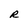
Character: R